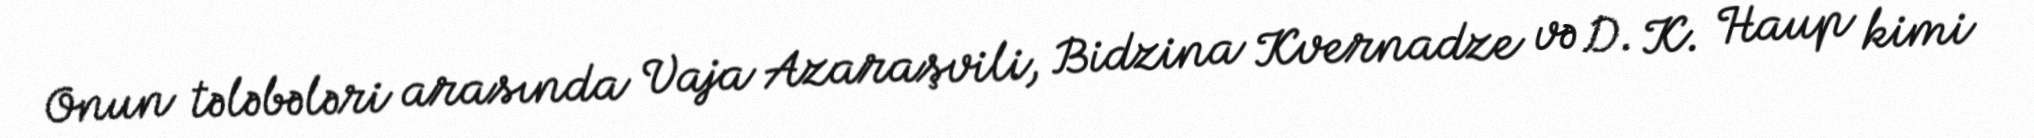
Onun tələbələri arasında Vaja Azaraşvili, Bidzina Kvernadze və D. K. Haup kimi